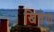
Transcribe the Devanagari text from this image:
खिंचेगा